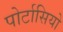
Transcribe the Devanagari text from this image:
पोर्टासियो